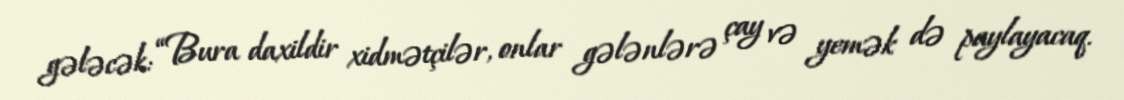
gələcək: “Bura daxildir xidmətçilər, onlar gələnlərə çay və yemək də paylayacaq.